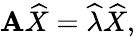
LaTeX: \mathbf{A}\widehat{{X}}=\widehat{{\lambda}}\widehat{{X}},